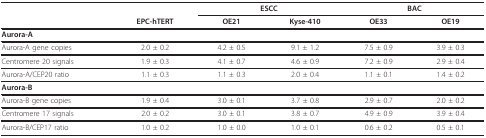
|  |  | <COLSPAN=2> ESCC | <COLSPAN=2> BAC |
 |  | EPC-hTERT | OE21 | Kyse-410 | OE33 | OE19 |
 | --- | --- | --- | --- | --- | --- |
 | <COLSPAN=6> Aurora-A |
 | Aurora-A gene copies | 2.0 ± 0.2 | 4.2 ± 0.5 | 9.1 ± 1.2 | 7.5 ± 0.9 | 3.9 ± 0.3 |
 | Centromere 20 signals | 1.9 ± 0.3 | 4.1 ± 0.7 | 4.6 ± 0.9 | 7.2 ± 0.9 | 2.9 ± 0.4 |
 | Aurora-A/CEP20 ratio | 1.1 ± 0.3 | 1.1 ± 0.3 | 2.0 ± 0.4 | 1.1 ± 0.1 | 1.4 ± 0.2 |
 | <COLSPAN=6> Aurora-B |
 | Aurora-B gene copies | 1.9 ± 0.4 | 3.0 ± 0.1 | 3.7 ± 0.8 | 2.9 ± 0.7 | 2.0 ± 0.2 |
 | Centromere 17 signals | 2.0 ± 0.2 | 3.0 ± 0.1 | 3.8 ± 0.7 | 4.9 ± 0.9 | 3.9 ± 0.4 |
 | Aurora-B/CEP17 ratio | 1.0 ± 0.2 | 1.0 ± 0.0 | 1.0 ± 0.1 | 0.6 ± 0.2 | 0.5 ± 0.1 |